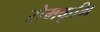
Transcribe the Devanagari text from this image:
रोमकृमि